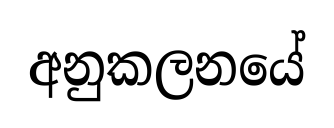
අනුකලනයේ